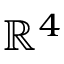
\mathbb { R } ^ { 4 }